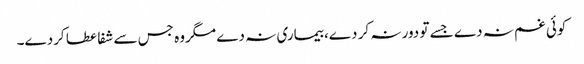
کوئی غم نہ دے جسے تو دور نہ کر دے، بیماری نہ دے مگروہ جس سے شفا عطا کردے۔